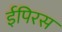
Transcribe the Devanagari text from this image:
ईपिरस